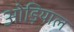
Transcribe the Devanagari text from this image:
ओड़ियाल